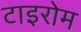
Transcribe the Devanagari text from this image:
टाइरोम